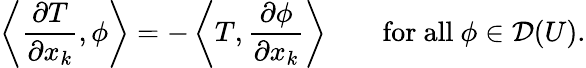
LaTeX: \left\langle{\frac{\partial T}{\partial x_{k}}},\phi\right\rangle=-\left\langle T,{\frac{\partial\phi}{\partial x_{k}}}\right\rangle\qquad{\mathrm{for~all~}}\phi\in{\mathcal{D}}(U).